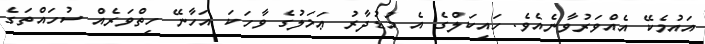
އައުމެކޭ އެއްވަރުވާނެއެވެ. ހައިކަލްގެ އެ މުޑުދާރު ޢަމަލުގެ ވާހަކަ އަހާނޭ ހިތްވަރެއް ސުހައްތަގެ